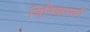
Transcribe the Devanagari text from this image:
जिनिव्हामार्गे